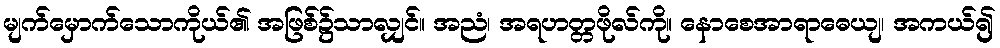
မျက်မှောက်သောကိုယ်၏ အဖြစ်၌သာလျှင်။ အညံ၊ အရဟတ္တဖိုလ်ကို။ နောစေအာရာဓေယျ၊ အကယ်၍